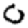
Digit: 0